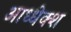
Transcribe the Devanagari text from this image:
आध्धेक्श